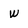
Character: W